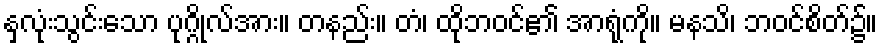
နှလုံးသွင်းသော ပုဂ္ဂိုလ်အား။ တနည်း။ တံ၊ ထိုဘဝင်၏ အာရုံကို။ မနသိ၊ ဘဝင်စိတ်၌။